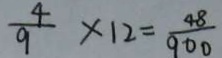
\frac { 4 } { 9 } \times 1 2 = \frac { 4 8 } { 9 0 0 }